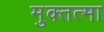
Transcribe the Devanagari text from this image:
मुक्तत्मा